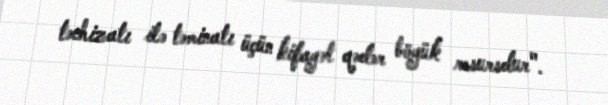
təchizatı ilə təminatı üçün kifayət qədər böyük resursdur".